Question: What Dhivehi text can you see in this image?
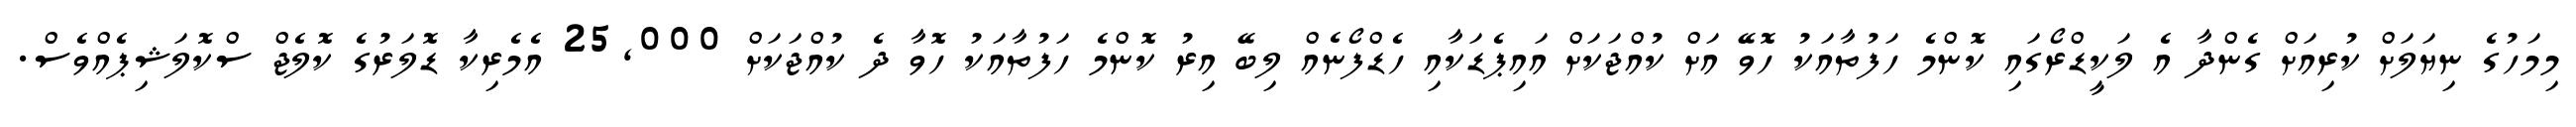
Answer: މިމަހުގެ ނިޔަލަށް ކުރިއަށް ގެންދާ އެ ލަކީޑްރޯގައި ކޮންމެ ހަފުތާއަކު ހޮވޭ އަށް ކުއްޖަކަށް އައިޕެޑަކާއި ހެޑްފޯނެއް ލިބޭ އިރު ކޮންމެ ހަފުތާއަކު ހޮވާ ދެ ކުއްޖަކަށް 25,000 އެމެރިކާ ޑޮލަރުގެ ކޮލެޖް ސްކޮލަޝިޕެއްވެސް.